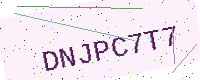
Text: DNJPC7T7